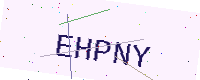
Text: EHPNY